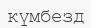
күмбезд